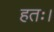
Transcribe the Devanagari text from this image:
हतः।